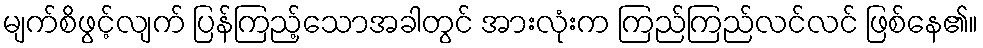
မျက်စိဖွင့်လျက် ပြန်ကြည့်သောအခါတွင် အားလုံးက ကြည်ကြည်လင်လင် ဖြစ်နေ၏။